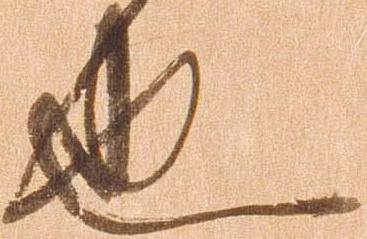
也